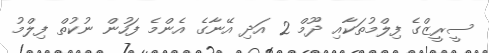
ސީރީޒްގެ ފިލްމުތަކާއި ދޫމް 2 އަދި އޭނާގެ އެންމެ ފަހުން ނުކުތް ފިލްމު